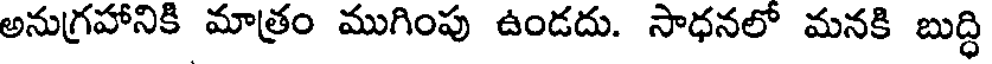
అనుగ్రహానికి మాత్రం ముగింపు ఉండదు. సాధనలో మనకి బుద్ధి